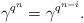
LaTeX: \begin{align*} \gamma^{q^n}=\gamma^{q^{n-i}}. \end{align*}